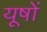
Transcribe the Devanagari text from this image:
यूषों